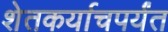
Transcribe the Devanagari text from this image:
शेतकर्याचपर्यंत